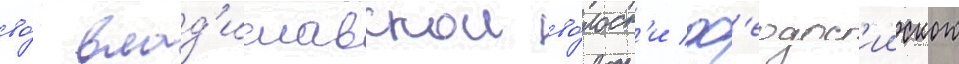
во́ влад'иславскои во́лост'и ф'еодос'ииского